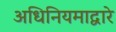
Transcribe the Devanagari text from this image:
अधिनियमाद्वारे